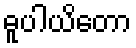
ဓူပါယိတော